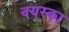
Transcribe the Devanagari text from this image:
वयस्का